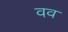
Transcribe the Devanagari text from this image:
वव